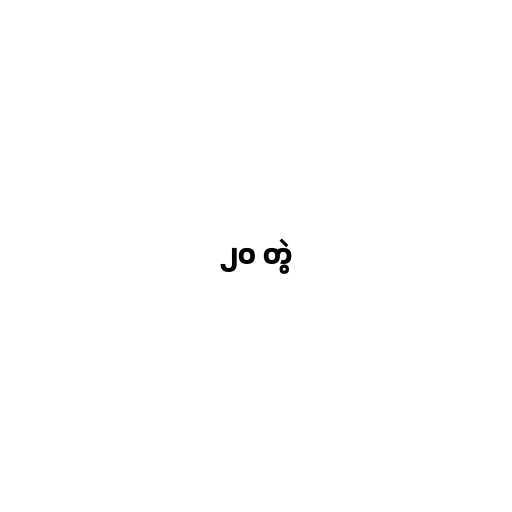
၂၀ တွဲ